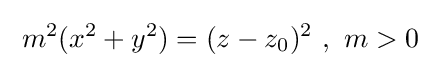
\;m^{2}(x^{2}+y^{2})=(z-z_{0})^{2}\ ,\ m>0\;